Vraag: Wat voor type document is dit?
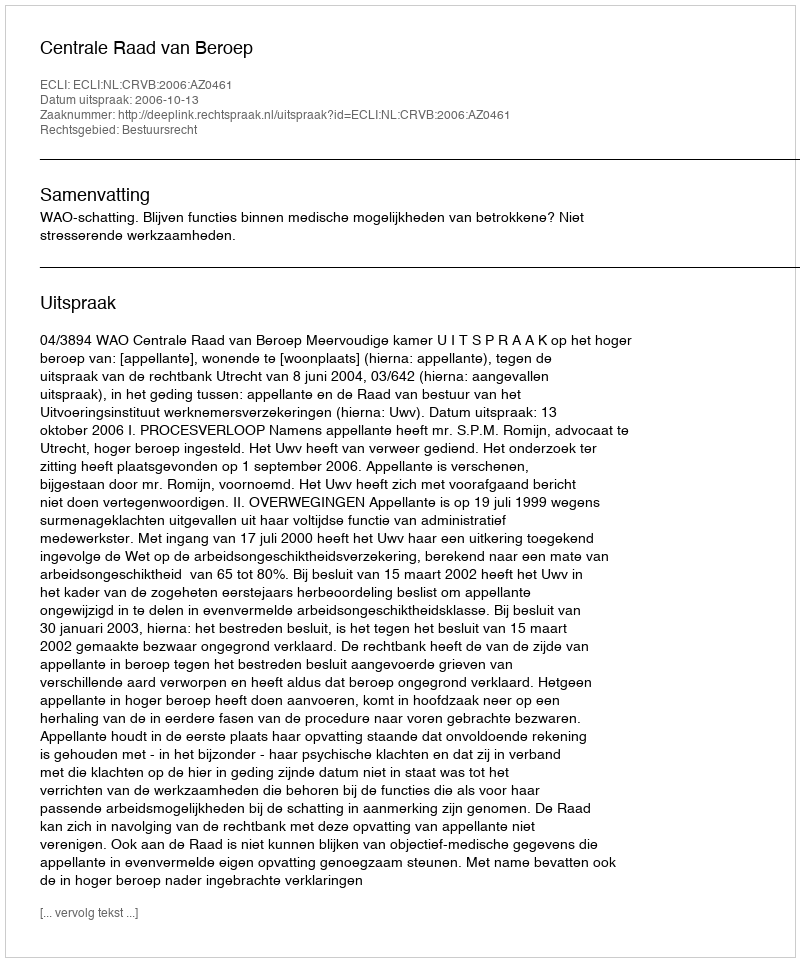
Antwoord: Uitspraak